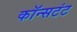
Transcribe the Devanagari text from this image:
कॉन्सटंट